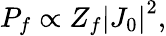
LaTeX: P_{f}\propto Z_{f}\left|J_{0}\right|^{2},